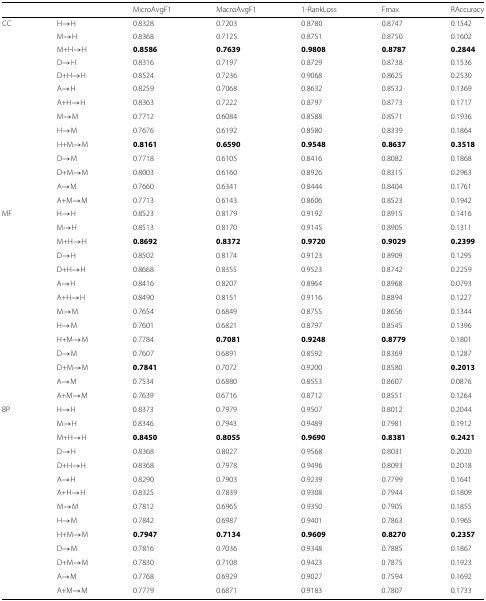
<table><thead><tr><td></td><td></td><td><b>MicroAvgF1</b></td><td><b>MacroAvgF1</b></td><td><b>1-RankLoss</b></td><td><b>Fmax</b></td><td><b>RAccuracy</b></td></tr></thead><tbody><tr><td>CC</td><td>H →H</td><td>0.8328</td><td>0.7203</td><td>0.8780</td><td>0.8747</td><td>0.1542</td></tr><tr><td></td><td>M →H</td><td>0.8368</td><td>0.7125</td><td>0.8751</td><td>0.8750</td><td>0.1602</td></tr><tr><td></td><td>M+H →H</td><td><b>0.8586</b></td><td><b>0.7639</b></td><td><b>0.9808</b></td><td><b>0.8787</b></td><td><b>0.2844</b></td></tr><tr><td></td><td>D →H</td><td>0.8316</td><td>0.7197</td><td>0.8729</td><td>0.8738</td><td>0.1536</td></tr><tr><td></td><td>D+H →H</td><td>0.8524</td><td>0.7236</td><td>0.9068</td><td>0.8625</td><td>0.2530</td></tr><tr><td></td><td>A →H</td><td>0.8259</td><td>0.7068</td><td>0.8632</td><td>0.8532</td><td>0.1369</td></tr><tr><td></td><td>A+H →H</td><td>0.8363</td><td>0.7222</td><td>0.8797</td><td>0.8773</td><td>0.1717</td></tr><tr><td></td><td>M →M</td><td>0.7712</td><td>0.6084</td><td>0.8588</td><td>0.8571</td><td>0.1936</td></tr><tr><td></td><td>H →M</td><td>0.7676</td><td>0.6192</td><td>0.8580</td><td>0.8339</td><td>0.1864</td></tr><tr><td></td><td>H+M →M</td><td><b>0.8161</b></td><td><b>0.6590</b></td><td><b>0.9548</b></td><td><b>0.8637</b></td><td><b>0.3518</b></td></tr><tr><td></td><td>D →M</td><td>0.7718</td><td>0.6105</td><td>0.8416</td><td>0.8082</td><td>0.1868</td></tr><tr><td></td><td>D+M →M</td><td>0.8003</td><td>0.6160</td><td>0.8926</td><td>0.8315</td><td>0.2963</td></tr><tr><td></td><td>A →M</td><td>0.7660</td><td>0.6341</td><td>0.8444</td><td>0.8404</td><td>0.1761</td></tr><tr><td></td><td>A+M →M</td><td>0.7713</td><td>0.6143</td><td>0.8606</td><td>0.8523</td><td>0.1942</td></tr><tr><td>MF</td><td>H →H</td><td>0.8523</td><td>0.8179</td><td>0.9192</td><td>0.8915</td><td>0.1416</td></tr><tr><td></td><td>M →H</td><td>0.8513</td><td>0.8170</td><td>0.9145</td><td>0.8905</td><td>0.1311</td></tr><tr><td></td><td>M+H →H</td><td><b>0.8692</b></td><td><b>0.8372</b></td><td><b>0.9720</b></td><td><b>0.9029</b></td><td><b>0.2399</b></td></tr><tr><td></td><td>D →H</td><td>0.8502</td><td>0.8174</td><td>0.9123</td><td>0.8909</td><td>0.1295</td></tr><tr><td></td><td>D+H →H</td><td>0.8668</td><td>0.8355</td><td>0.9523</td><td>0.8742</td><td>0.2259</td></tr><tr><td></td><td>A →H</td><td>0.8416</td><td>0.8207</td><td>0.8964</td><td>0.8968</td><td>0.0793</td></tr><tr><td></td><td>A+H →H</td><td>0.8490</td><td>0.8151</td><td>0.9116</td><td>0.8894</td><td>0.1227</td></tr><tr><td></td><td>M →M</td><td>0.7654</td><td>0.6849</td><td>0.8755</td><td>0.8656</td><td>0.1344</td></tr><tr><td></td><td>H →M</td><td>0.7601</td><td>0.6821</td><td>0.8797</td><td>0.8545</td><td>0.1396</td></tr><tr><td></td><td>H+M →M</td><td>0.7784</td><td><b>0.7081</b></td><td><b>0.9248</b></td><td><b>0.8779</b></td><td>0.1801</td></tr><tr><td></td><td>D →M</td><td>0.7607</td><td>0.6891</td><td>0.8592</td><td>0.8369</td><td>0.1287</td></tr><tr><td></td><td>D+M →M</td><td><b>0.7841</b></td><td>0.7072</td><td>0.9200</td><td>0.8580</td><td><b>0.2013</b></td></tr><tr><td></td><td>A →M</td><td>0.7534</td><td>0.6880</td><td>0.8553</td><td>0.8607</td><td>0.0876</td></tr><tr><td></td><td>A+M →M</td><td>0.7639</td><td>0.6716</td><td>0.8712</td><td>0.8551</td><td>0.1264</td></tr><tr><td>BP</td><td>H →H</td><td>0.8373</td><td>0.7979</td><td>0.9507</td><td>0.8012</td><td>0.2044</td></tr><tr><td></td><td>M →H</td><td>0.8346</td><td>0.7943</td><td>0.9489</td><td>0.7981</td><td>0.1912</td></tr><tr><td></td><td>M+H →H</td><td><b>0.8450</b></td><td><b>0.8055</b></td><td><b>0.9690</b></td><td><b>0.8381</b></td><td><b>0.2421</b></td></tr><tr><td></td><td>D →H</td><td>0.8368</td><td>0.8027</td><td>0.9568</td><td>0.8031</td><td>0.2020</td></tr><tr><td></td><td>D+H →H</td><td>0.8368</td><td>0.7978</td><td>0.9496</td><td>0.8093</td><td>0.2018</td></tr><tr><td></td><td>A →H</td><td>0.8290</td><td>0.7903</td><td>0.9239</td><td>0.7799</td><td>0.1641</td></tr><tr><td></td><td>A+H →H</td><td>0.8325</td><td>0.7839</td><td>0.9308</td><td>0.7944</td><td>0.1809</td></tr><tr><td></td><td>M →M</td><td>0.7812</td><td>0.6965</td><td>0.9350</td><td>0.7905</td><td>0.1855</td></tr><tr><td></td><td>H →M</td><td>0.7842</td><td>0.6987</td><td>0.9401</td><td>0.7863</td><td>0.1965</td></tr><tr><td></td><td>H+M →M</td><td><b>0.7947</b></td><td><b>0.7134</b></td><td><b>0.9609</b></td><td><b>0.8270</b></td><td><b>0.2357</b></td></tr><tr><td></td><td>D →M</td><td>0.7816</td><td>0.7036</td><td>0.9348</td><td>0.7885</td><td>0.1867</td></tr><tr><td></td><td>D+M →M</td><td>0.7830</td><td>0.7108</td><td>0.9423</td><td>0.7875</td><td>0.1923</td></tr><tr><td></td><td>A →M</td><td>0.7768</td><td>0.6929</td><td>0.9027</td><td>0.7594</td><td>0.1692</td></tr><tr><td></td><td>A+M →M</td><td>0.7779</td><td>0.6871</td><td>0.9183</td><td>0.7807</td><td>0.1733</td></tr></tbody></table>